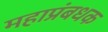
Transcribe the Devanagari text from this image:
महाप्रंबधक